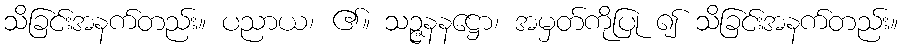
သိခြင်းအနက်တည်း။ ပညာယ၊ ၏။ သဉ္ဇနနဋ္ဌော၊ အမှတ်ကိုပြု ၍ သိခြင်းအနက်တည်း။